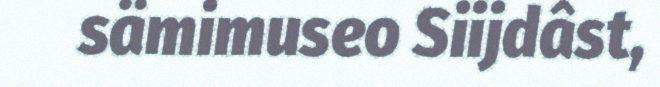
sämimuseo Siijdâst,